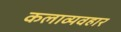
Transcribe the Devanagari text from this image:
कलाव्यवहार